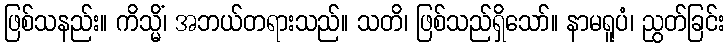
ဖြစ်သနည်း။ ကိသ္မိံ၊ အဘယ်တရားသည်။ သတိ၊ ဖြစ်သည်ရှိသော်။ နာမရူပံ၊ ညွတ်ခြင်း